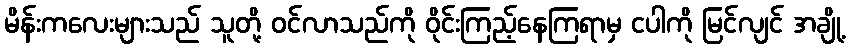
မိန်းကလေးများသည် သူတို့ ဝင်လာသည်ကို ဝိုင်းကြည့်နေကြရာမှ ငပါကို မြင်လျင် အချို့